Vital statistics of India. Vol. V, Reports of 1876 on armies & jails and on epidemic cholera
Year: 1876
Disease focus: Cholera
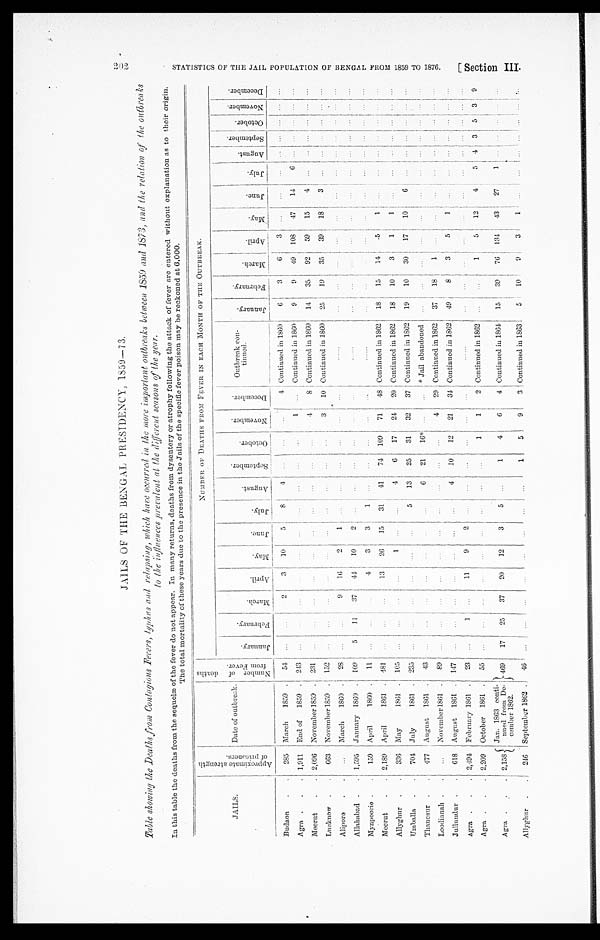
JAILS OF THE BENGAL PRESIDENCY, 1859—73.
Table showing the Deaths from Contagious Fevers, typhus and relapsing, which have occurred in the more important ontbreaks between 18 59 and
the relation of the outbreaks to the influenees prevalent at the different seasons of the year.
In this table the deaths from the sequelæ of the fever do not appear. In many returns, deaths from dysentery or atrophy following the attack of fever are entered without explanation as to their origin.
The total mortality of these years due to the presence in the Jails of the specific fever poison may be reckoned at 6,000.
JAILS.
A p p r o x i m a t e s t r e n g t h o f p r i s o n e r s .
Date of outbreak.
N u m b e r o f d e a t h s f r o m F e v e r .
NUMBER OF DEATHS FROM FEVER IN EACH MONTH OF THE OUTBREAK.
J a n u a r y .
F e b r a r y .
M a r c h .
A p r i l . M a y .
J u n e
J u l y
A u g u s t .
S e p t e m b e r .
O c t o b e r .
N o v e m b e r .
D e c e m b e r . Outbreak con-
tinued.
J a n u a r y . F e b r u a r y .
M a r c h .
A p r i l .
M a y .
J u n e .
J u l y .
A u g u s t .
S e p t e m b e r .
O c t o b e r .
N o v e m b e r .
D e c e m b e r .
Budaon . . 285 March 1859 . 54 ...
... 2
3 10
5 8
4 ... ...
. . . 4 Continued in 1869 6
3
6
3 . . .
. . . ...
. . . . . . . . . . . .
. . .
Agra . . . 1,911 End of 1859 . 243 ...
...
. . .
...
. . .
. . .
. . .
. . . ... . . .
1 ... Continued in 1860
9
9 49 108 47 14
6 . . . . . . . . . . . . . . .
Meerut
. . 2,096 November 1859 . 231 ...
...
. . .
...
. . . . . .
. . .
. . . ......
4
8 Continued in 1860 14 35 92 59 15
4 ...
. . . ...
. . . . . . . . .
Lucknow . . 663 November 1859 . 152 ...
...
. . .
...
. . . . . .
. . .
. . . ......
3 10 Continued in 1860 25 19 35 39 18
3 ... . . .
. . . . . . . . . . . .
Alipore . .
. . . March 1860 . 28
. . . ...
9 16
2
1
. . . ...
......
. . .
...
. . . . . .
...
. . . ...
. . .
. . .
...
...
. . . . . . ...
. . . . . .
Allahabad .
. 1,595 January 1860 . 109
5 11 37 44 10
2
. . .
. . . ... ...
. . .
...
. . . . . . ...
. . . ...
. . . ... ...
. . . . . . . . . . . . . . . . . .
Mynpoorie . . 159 April
1860 . 11 ...
...
. . . 4
3
3
1
. . .
......
. . .
...
. . . . . . ...
. . . ...
. . .
. . . ...
...
. . . . . . . . . . . . . . .
Meerut
. . 2,189 April
1861 . 481 ...
...
. . . 13 26 15 31 41 74 109 71 48 Continued in 1862 18 15 14 .5
1 ...
...
. . . . . . . . . . . . . . .
Allyghur . . 336 May
1861 . 105 ...
...
. . . ... 1
. . .
. . . 4
6
17 24 20 Continued in 1862 18 10 3
1
1 ... ...
. . . ...
. . . . . . . . .
Umballa . . 704 July
1861 . 235 ...
...
. . . ...
. . .
. . . 5 13 25 31 32 37 Continned in 1862 19 10 30 17 10
6 ... ...
. . . . . . . . . . . .
Thanesur . . 477 August 1861 . 43 ...
...
. . . ...
. . .
. . . ...
6 21 ‫!٭61‬
. . .
* Jail abandoned ...
. . . ...
. . .
. . .
...
...
. . . . . . . . . . . . . . .
Loodianah . . ... November 1861 . 89 ...
...
. . . ...
. . . ...
. . .
. . . ... ... 4 29 Continued in 1862 37 18
1
. . .
. . .
...
...
. . . . . . . . . . . . . . .
Jullundur . . 618 August 1861 . 147 ...
...
. . . ...
. . . . . .
. . . 4 10
1 2 21 34 Continued in 1862 49
8
3
5
1
. . .
. . . . . . . . .
. . . . . . . . .
Agra . . . 2,494 February 1861 . 23 ...
1
. . . 11
9
2
. . .
. . . ... ...
. . .
...
. . . . . .
...
. . .
. . .
. . .
. . . ... . . .
. . . . . . . . . . . . ...
Agra . . . 2,209 October 1861 . 55 ...
. . .
. . . ... . . .
. . .
. . .
. . . ... 1
1
2 Continued in 1862 ...
. . .
1 . 5 12
4
5
4 3 5 3 9
Agra . . . 2,158
Jan. 1863 conti-
nued from Decembr
1862.
4 6 9 17 25 37 20 12
3
5
. . . 1
4
6
4 Continued in 1864 15 39 76 134 43 27
1
. . . . . . . . . . . .
. . .
Allyghur . . 246 September 1862 . 46 ! ... ...
. . .
...
. . .
. . .
. . .
. . . 1
5
9
3 Continued in 1863
5 1 10
9
3
1
. . .
...
S T A T I S T I C S O F T H E J A I L P O P U L A T I O N O F F R O M 1 8 5 9 T O 1 8 7 6 . [ S e c t i o n I I I .